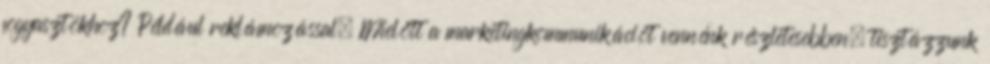
fogyasztókhoz? Például reklámozással. Mielőtt a marketingkommunikációt vennénk részletesebben, tisztázzunk